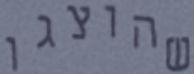
שהוצגו